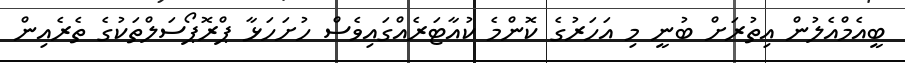
ބީއެމްއެލުން އިތުރަށް ބުނީ މި އަހަރުގެ ކޮންމެ ކުއާޓަރެއްގައިވެސް ހުށަހަޅާ ޕްރޮޕޯސަލްތަކުގެ ތެރެއިން